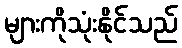
များကိုသုံးနိုင်သည်